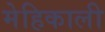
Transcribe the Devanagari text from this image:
मेहिकाली